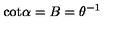
\mathrm { c o t } \alpha = B = \theta ^ { - 1 }